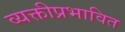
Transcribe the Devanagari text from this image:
व्यक्तीप्रभावित